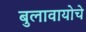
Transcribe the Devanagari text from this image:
बुलावायोचे